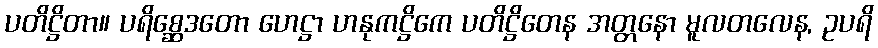
ပတိဋ္ဌိတာ။ ပရိစ္ဆေဒတော ဟေဋ္ဌာ ဟနုကဋ္ဌိကေ ပတိဋ္ဌိတေန အတ္တနော မူလတလေန, ဥပရိ